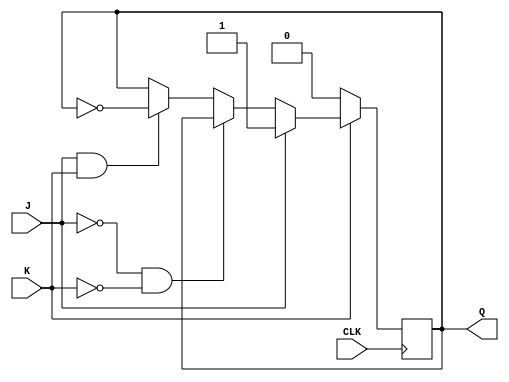
`timescale 1ns / 1ps
//////////////////////////////////////////////////////////////////////////////////

// Module Name: JK_FF

//////////////////////////////////////////////////////////////////////////////////


module JK_FF(
    input J,
    input K,
    input CLK,
    output reg Q
    );
    
    
always @(posedge CLK)
    begin
    if(K == 1'b0)
       begin
        Q <= 1'b0;
       end
    else if(J == 1'b1)
       begin
        Q <= 1'b1;
       end
    else if(J == 1'b0 & K == 1'b0)
       begin
        Q <= Q;
       end
    else if(J == 1'b1 & K == 1'b1)
       begin
        Q <= ~Q;
       end
    end
endmodule